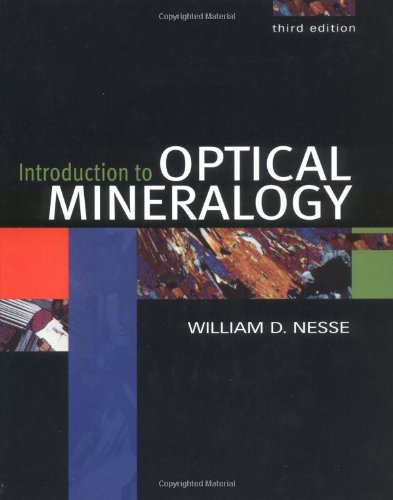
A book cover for Introduction to Optical Mineralogy; William D. Nesse; Science & Math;